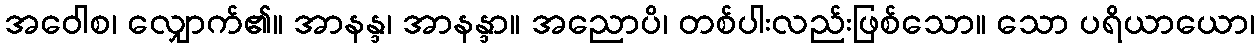
အဝေါစ၊ လျှောက်၏။ အာနန္ဒ၊ အာနန္ဒာ။ အညောပိ၊ တစ်ပါးလည်းဖြစ်သော။ သော ပရိယာယော၊